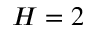
H = 2